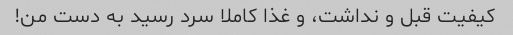
کیفیت قبل و نداشت، و غذا کاملا سرد رسید به دست من!